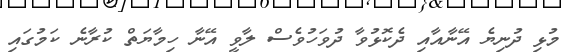
މުޅި ދުނިޔެ އޭނާއާއި ދެކޮޅުވާ ދުވަހުވެސް ލާވީ އޭނާ ހިމާޔަތް ކުރާނެ ކަމުގައި